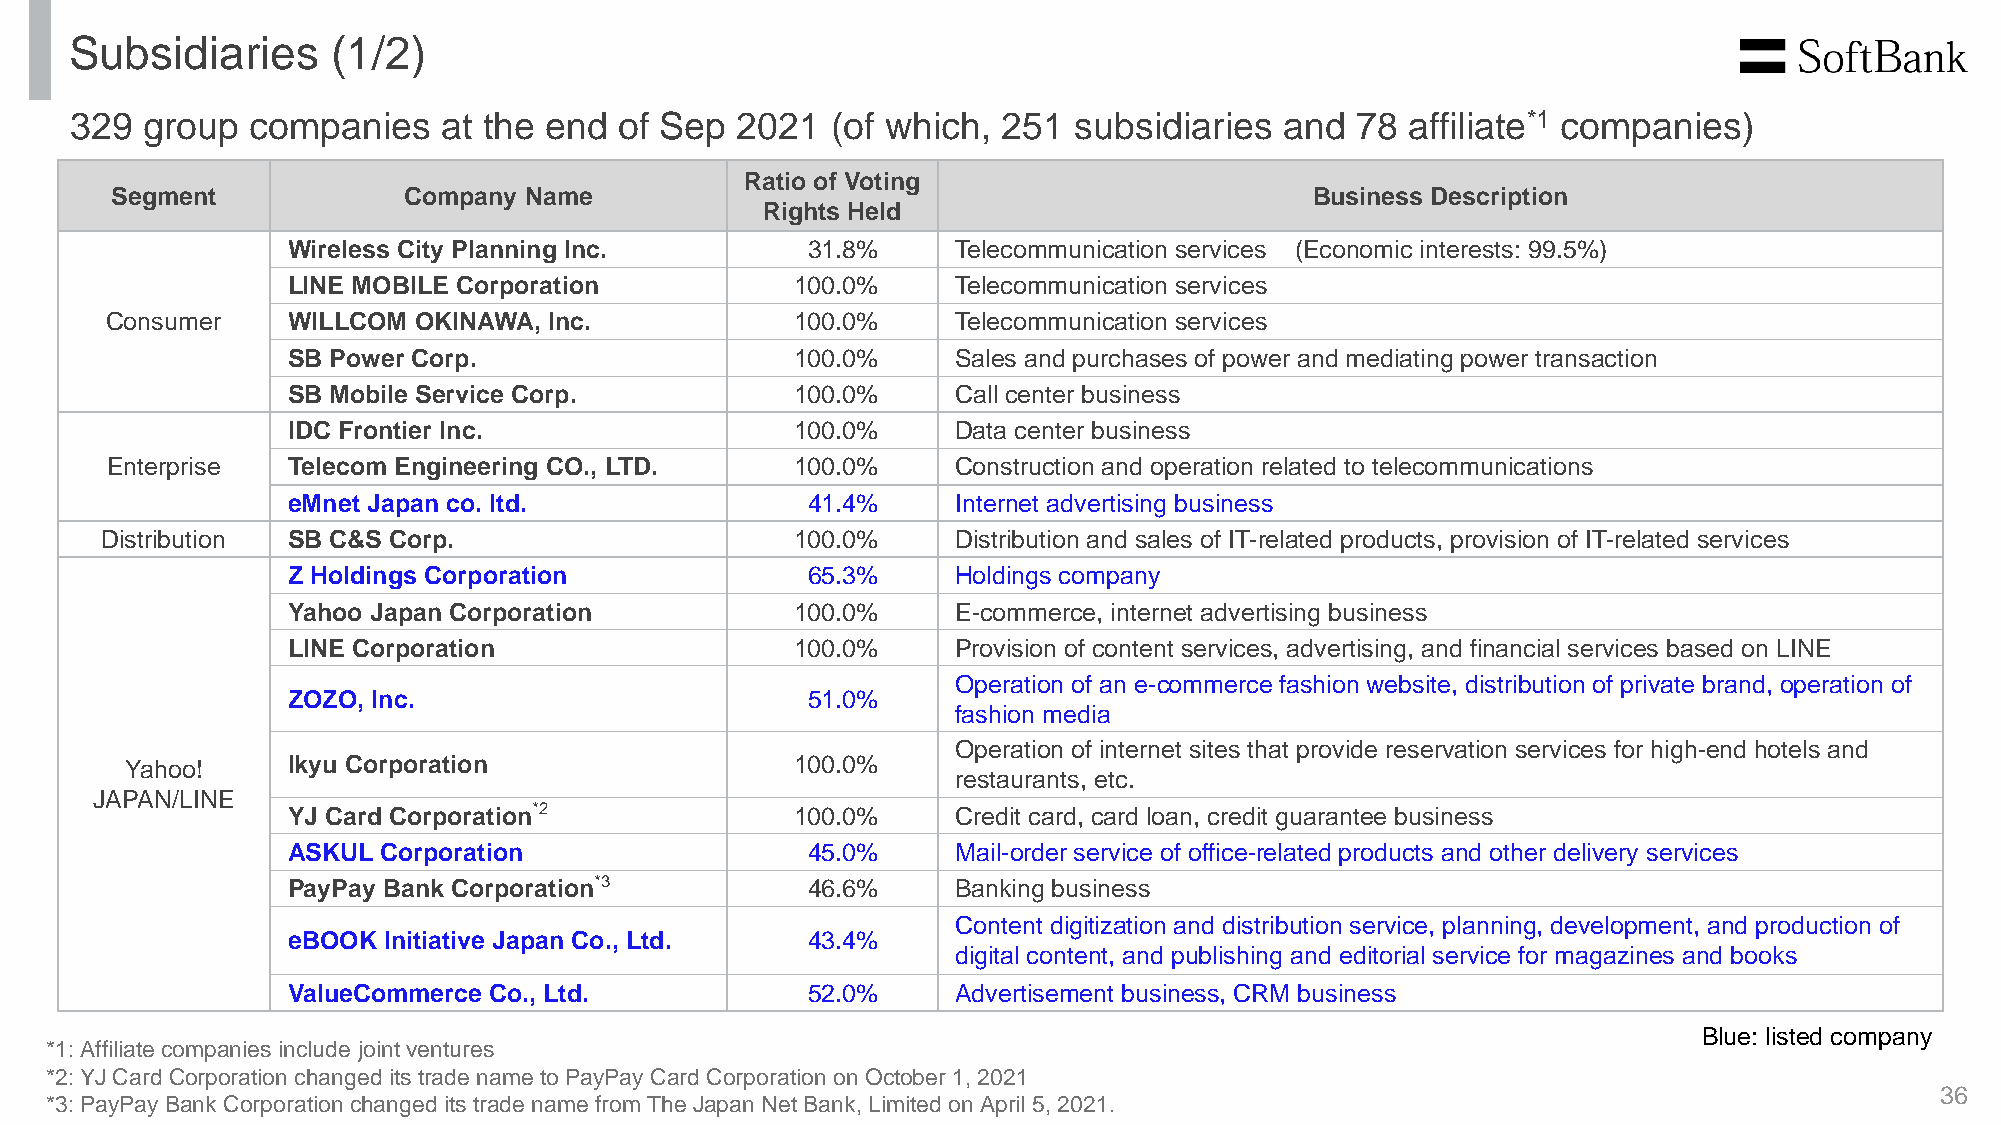
Subsidiaries     (1/2)
 329 group  companies    at the end  of Sep  2021  (of which, 251  subsidiaries  and  78 affiliate*1 companies)
 Ratio of Voting
 Segment             Company Name                                                Business Description
 Rights Held
 Wireless City Planning Inc.       31.8%     Telecommunication services (Economic interests: 99.5%)
 LINE MOBILE Corporation           100.0%    Telecommunication services
 Consumer    WILLCOM OKINAWA, Inc.             100.0%    Telecommunication services
 SB Power Corp.                    100.0%    Sales and purchases of power and mediating power transaction
 SB Mobile Service Corp.           100.0%    Call center business
 IDC Frontier Inc.                 100.0%    Data center business
 Enterprise  Telecom Engineering CO., LTD.     100.0%    Construction and operation related to telecommunications
 eMnet Japan co. ltd.              41.4%     Internet advertising business
 Distribution SB C&S Corp.                     100.0%    Distribution and sales of IT-related products, provision of IT-related services
 Z Holdings Corporation            65.3%     Holdings company
 Yahoo Japan Corporation           100.0%    E-commerce, internet advertising business
 LINE Corporation                  100.0%    Provision of content services, advertising, and financial services based on LINE
 Operation of an e-commerce fashion website, distribution of private brand, operation of
 ZOZO, Inc.                        51.0%
 fashion media
 Operation of internet sites that provide reservation services for high-end hotels and
 Yahoo!     Ikyu Corporation                  100.0%
 restaurants, etc.
 JAPAN/LINE
 YJ Card Corporation*2             100.0%    Credit card, card loan, credit guarantee business
 ASKUL Corporation                 45.0%     Mail-order service of office-related products and other delivery services
 PayPay Bank Corporation*3         46.6%     Banking business
 Content digitization and distribution service, planning, development, and production of
 eBOOK Initiative Japan Co., Ltd.  43.4%
 digital content, and publishing and editorial service for magazines and books
 ValueCommerce Co., Ltd.           52.0%     Advertisement business, CRM business
 Blue: listed company
 *1: Affiliate companies include joint ventures
 *2: YJ Card Corporation changed its trade name to PayPay Card Corporation on October 1, 2021
 36
 *3: PayPay Bank Corporation changed its trade name from The Japan Net Bank, Limited on April 5, 2021.